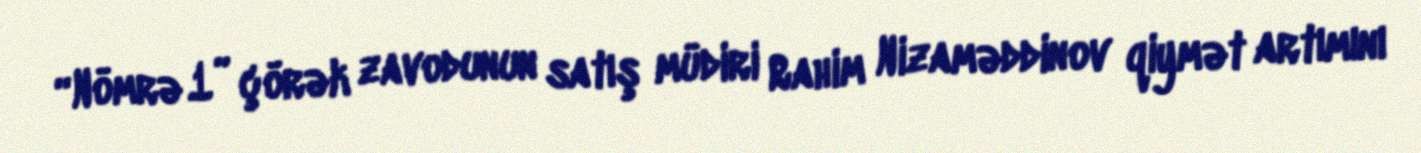
“Nömrə 1” çörək zavodunun satış müdiri Rahim Nizaməddinov qiymət artımını